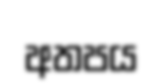
අතපය